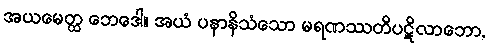
အယမေတ္ထ ဘေဒေါ။ အယံ ပနာနိသံသော မရဏဿတိပဋိလာဘော,